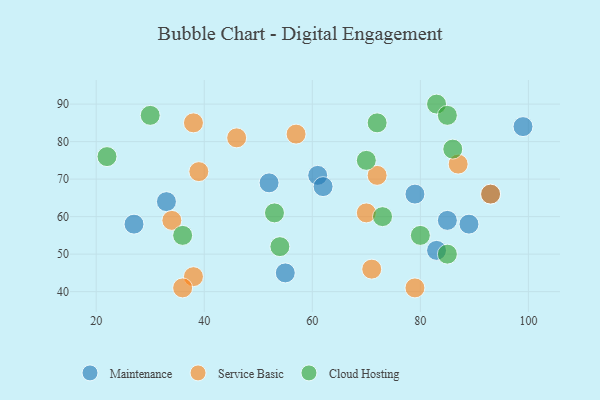
{"axis": {"x": "GDP", "y": "Life Expectancy"}, "legend": ["Cloud Hosting", "Maintenance", "Service Basic"], "data": [{"x": "27", "y": 58, "type": "Maintenance"}, {"x": "89", "y": 58, "type": "Maintenance"}, {"x": "52", "y": 69, "type": "Maintenance"}, {"x": "55", "y": 45, "type": "Maintenance"}, {"x": "85", "y": 59, "type": "Maintenance"}, {"x": "79", "y": 66, "type": "Maintenance"}, {"x": "83", "y": 51, "type": "Maintenance"}, {"x": "33", "y": 64, "type": "Maintenance"}, {"x": "93", "y": 66, "type": "Maintenance"}, {"x": "99", "y": 84, "type": "Maintenance"}, {"x": "61", "y": 71, "type": "Maintenance"}, {"x": "62", "y": 68, "type": "Maintenance"}, {"x": "70", "y": 61, "type": "Service Basic"}, {"x": "71", "y": 46, "type": "Service Basic"}, {"x": "38", "y": 44, "type": "Service Basic"}, {"x": "87", "y": 74, "type": "Service Basic"}, {"x": "57", "y": 82, "type": "Service Basic"}, {"x": "36", "y": 41, "type": "Service Basic"}, {"x": "38", "y": 85, "type": "Service Basic"}, {"x": "72", "y": 71, "type": "Service Basic"}, {"x": "93", "y": 66, "type": "Service Basic"}, {"x": "46", "y": 81, "type": "Service Basic"}, {"x": "34", "y": 59, "type": "Service Basic"}, {"x": "79", "y": 41, "type": "Service Basic"}, {"x": "39", "y": 72, "type": "Service Basic"}, {"x": "83", "y": 90, "type": "Cloud Hosting"}, {"x": "54", "y": 52, "type": "Cloud Hosting"}, {"x": "85", "y": 87, "type": "Cloud Hosting"}, {"x": "72", "y": 85, "type": "Cloud Hosting"}, {"x": "85", "y": 50, "type": "Cloud Hosting"}, {"x": "73", "y": 60, "type": "Cloud Hosting"}, {"x": "30", "y": 87, "type": "Cloud Hosting"}, {"x": "86", "y": 78, "type": "Cloud Hosting"}, {"x": "22", "y": 76, "type": "Cloud Hosting"}, {"x": "53", "y": 61, "type": "Cloud Hosting"}, {"x": "70", "y": 75, "type": "Cloud Hosting"}, {"x": "80", "y": 55, "type": "Cloud Hosting"}, {"x": "36", "y": 55, "type": "Cloud Hosting"}]}